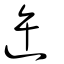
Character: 迕